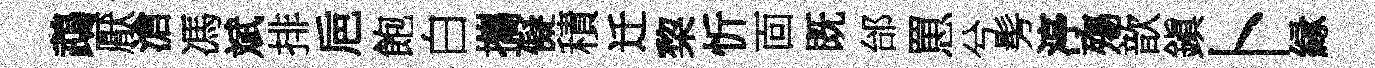
鵡厭滄馮斌排巵飽白攜儗積迁棃忻靣既邰罳兮髣渟殤歆鎭卜縁